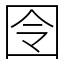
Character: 囹